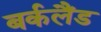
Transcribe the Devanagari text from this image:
बर्कलैंड